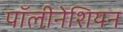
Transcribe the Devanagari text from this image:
पॉलीनेशियन